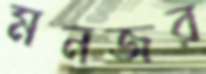
মনজর